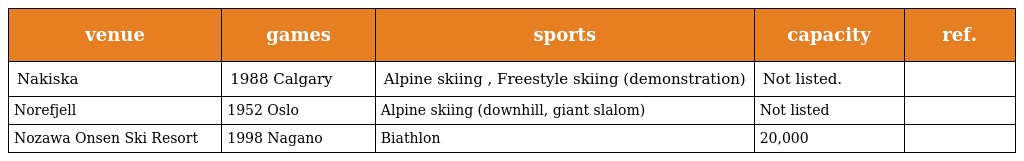
| venue | games | sports | capacity | ref. |
 | --- | --- | --- | --- | --- |
 | Nakiska | 1988 Calgary | Alpine skiing , Freestyle skiing (demonstration) | Not listed. |  |
 | Norefjell | 1952 Oslo | Alpine skiing (downhill, giant slalom) | Not listed |  |
 | Nozawa Onsen Ski Resort | 1998 Nagano | Biathlon | 20,000 |  |